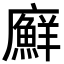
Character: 廯